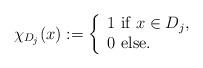
LaTeX: \begin{align*}\chi_{D_j}(x):=\left\{ \begin{array}{ll} 1 \mbox{ if } x \in D_j, \\ 0 \mbox{ else}. \end{array} \right.\end{align*}